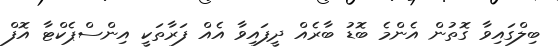
ބިލްގައިވާ ގޮތުން އެންމެ ބޮޑު ބާރެއް ދީފައިވާ އެއް ފަރާތަކީ އިންސްޕެކްޓާ އޮފް